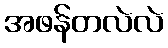
အဖန်တလဲလဲ